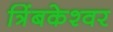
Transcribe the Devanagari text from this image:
त्रिंबकेश्वर